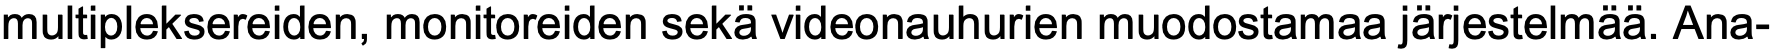
multipleksereiden, monitoreiden sekä videonauhurien muodostamaa järjestelmää. Ana-